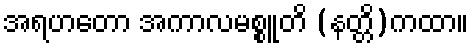
အရဟတော အကာလမစ္စူတိ (နတ္တိ)ကထာ။